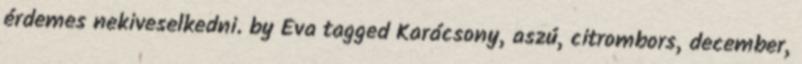
érdemes nekiveselkedni. by Éva tagged Karácsony, aszú, citrombors, december,